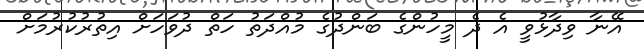
އޭނާ ވިދާޅުވީ އެ ދެ މީހުންގެ ބަންދުގެ މުއްދަތު ހަތް ދުވަހަށް އިތުރުކުރުމަށް